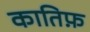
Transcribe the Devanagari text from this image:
कातिफ़